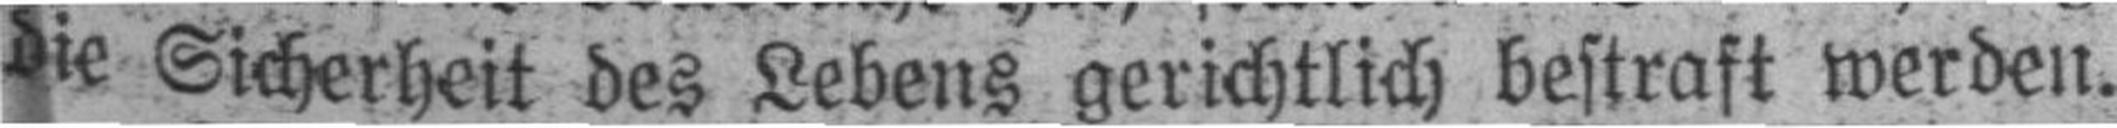
die Sicherheit des Lebens gerichtlich bestraft werden.